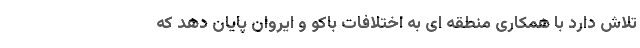
تلاش دارد با همکاری منطقه ای به اختلافات باکو و ایروان پایان دهد که